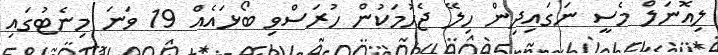
ލިއޮނަލް މެސީ ނަގައިދިން ހިލޭ ޖެހުމަކުން ހުރަސްވި ބޯޅައެއް 19 ވަނަ މިނެޓުގައި